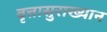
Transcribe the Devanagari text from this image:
वृत्तासुराख्यान